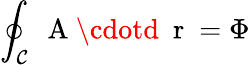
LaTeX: \oint_{\mathcal{C}}\mathrm{{~\mathbf{~}A~}}\cdotd\mathrm{{~\mathbf{~}r~}}=\Phi